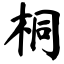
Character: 桐